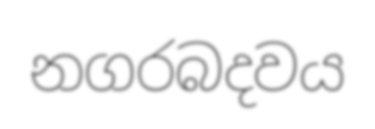
නගරබදවය